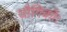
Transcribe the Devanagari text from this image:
यौगिकों।